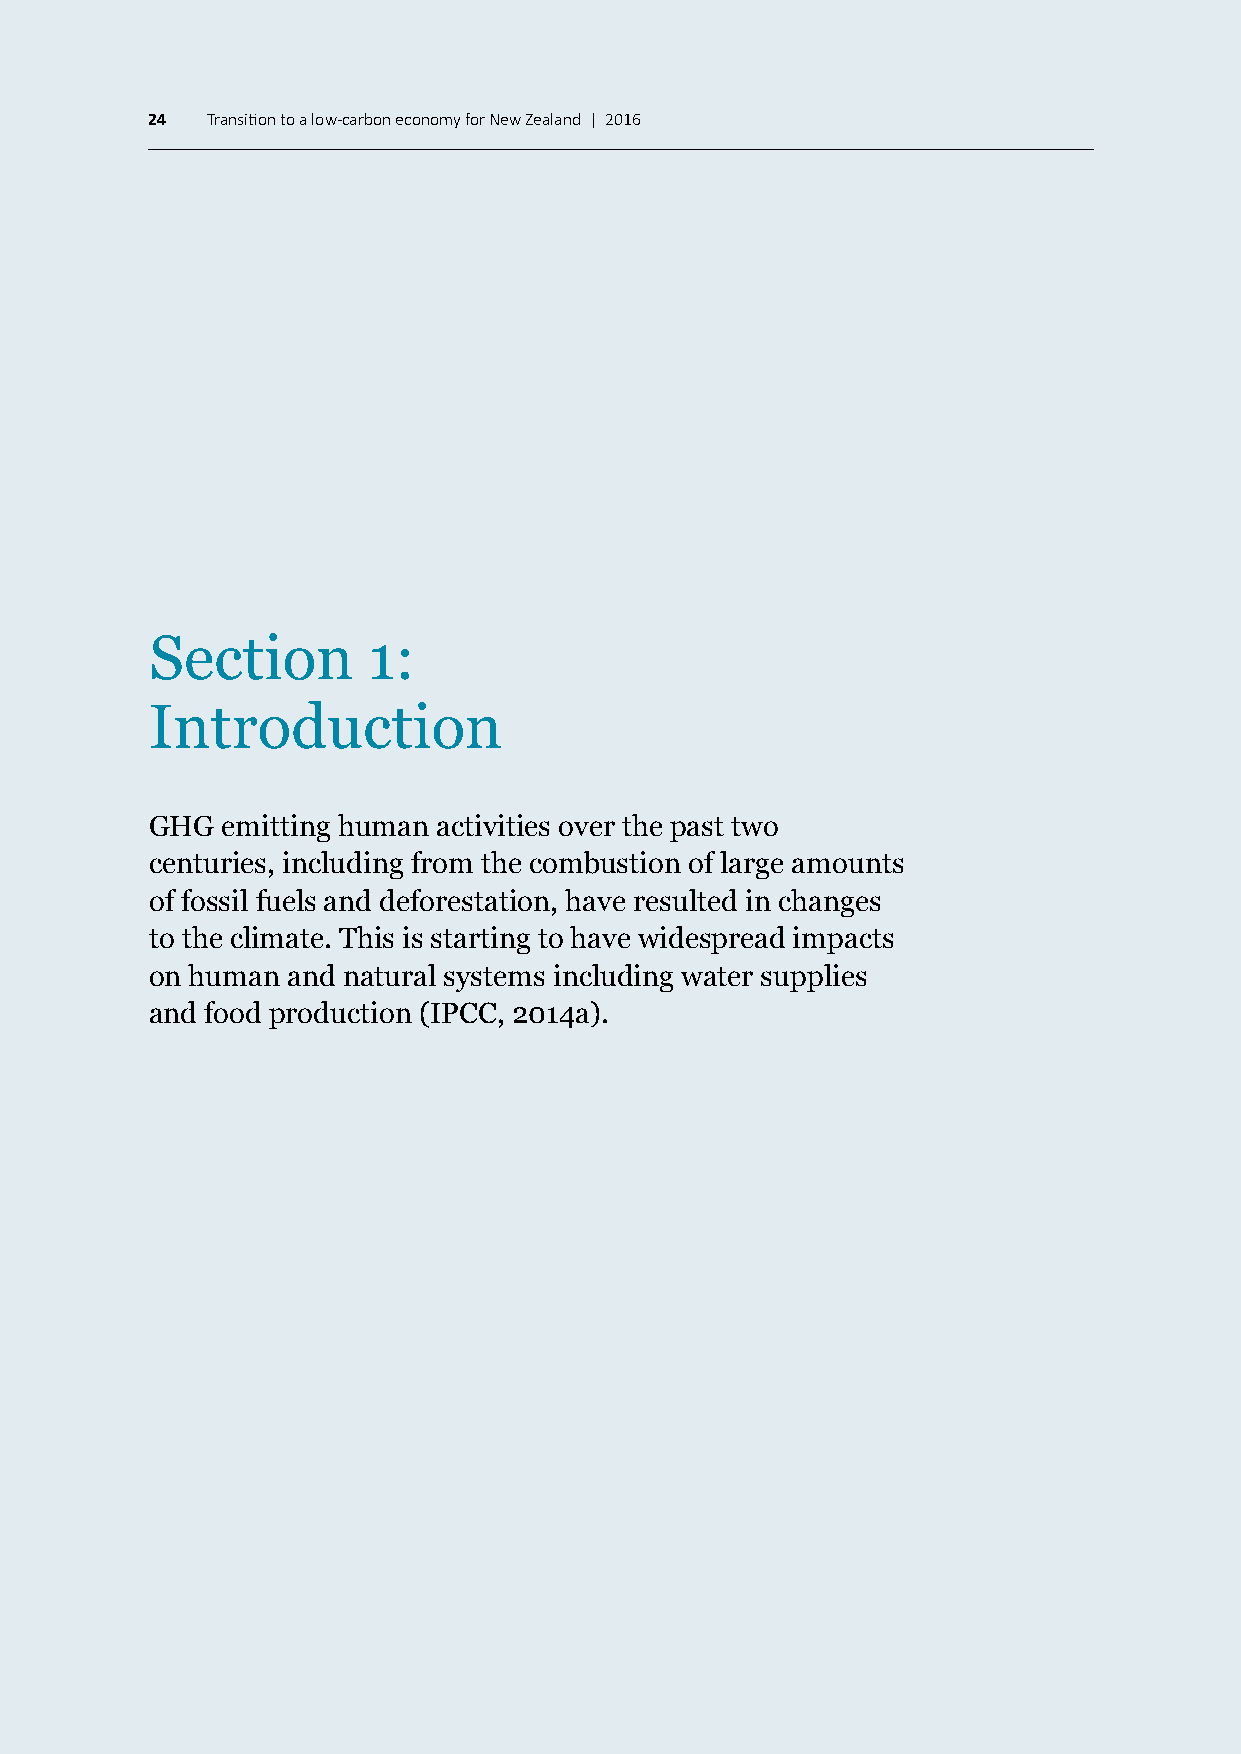
24  Transition to a low-carbon economy for New Zealand | 2016
 Section       1:
 Introduction
 GHG  emitting human activities over the past two
 centuries, including from the combustion of large amounts
 of fossil fuels and deforestation, have resulted in changes
 to the climate. This is starting to have widespread impacts
 on human and natural systems including water supplies
 and food production (IPCC, 2014a).